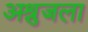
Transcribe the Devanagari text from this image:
अश्रुजला